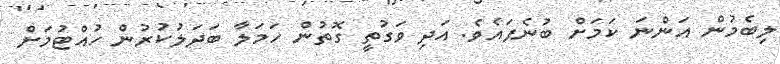
ލިބެމުން އަންނަ ކަމަށް ބުނެފައެވެ. އަދި ވަގުތީ ގޮތުން ހަމަލާ ބަދަލުކުރުން ހުއްޓުމަށް